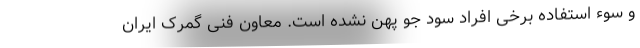
و سوء استفاده برخی افراد سود جو پهن نشده است. معاون فنی گمرک ایران